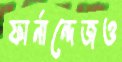
ফার্নান্দেজও